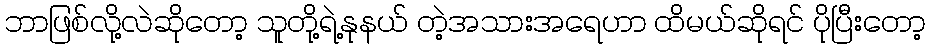
ဘာဖြစ်လို့လဲဆိုတော့ သူတို့ရဲ့နုနယ် တဲ့အသားအရေဟာ ထိမယ်ဆိုရင် ပိုပြီးတော့